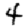
Digit: 4